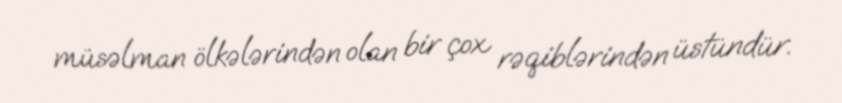
müsəlman ölkələrindən olan bir çox rəqiblərindən üstündür.